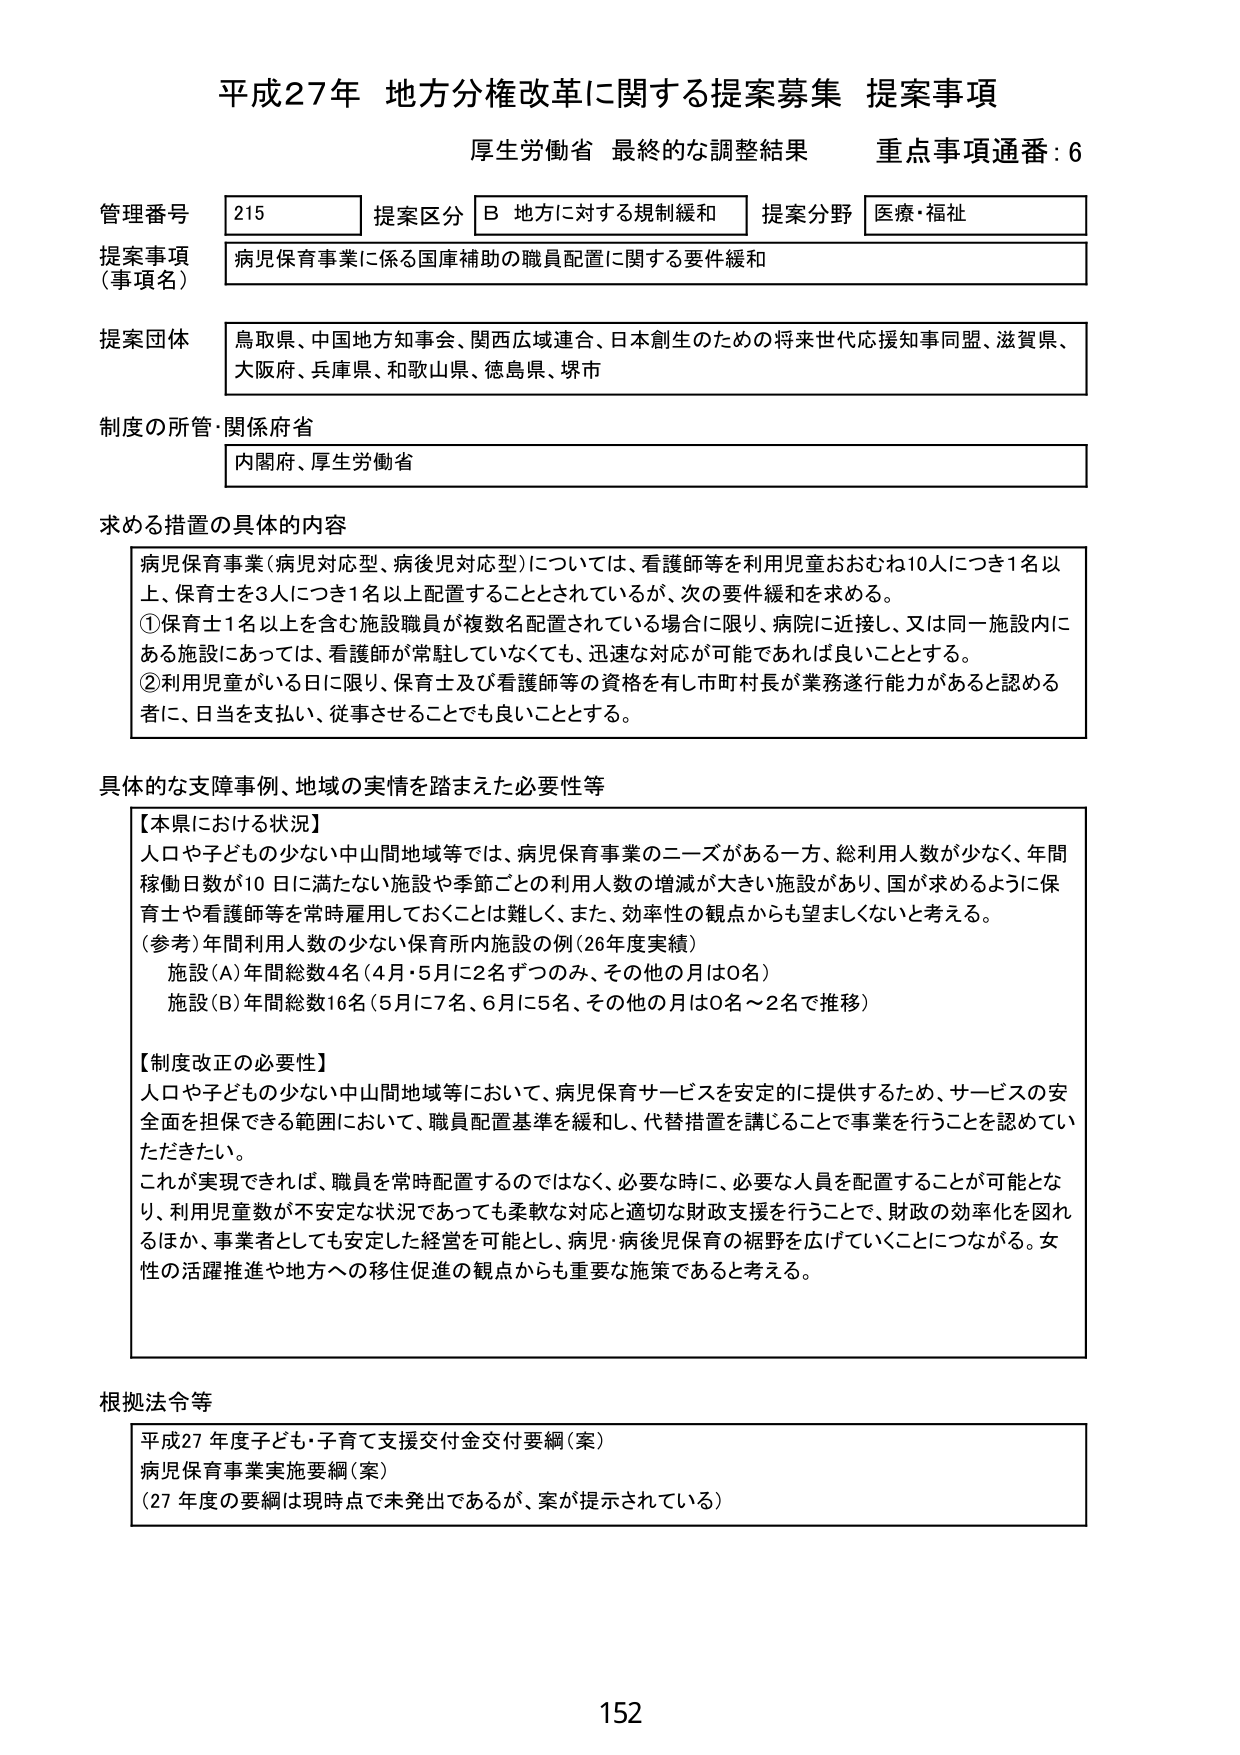
平成27年 地方分権改革に関する提案募集 提案事項
厚生労働省 最終的な調整結果 重点事項通番：6

管理番号 215 提案区分 B 地方に対する規制緩和 提案分野 医療・福祉
提案事項（事項名） 病児保育事業に係る国庫補助の職員配置に関する要件緩和
提案団体 鳥取県、中国地方知事会、関西広域連合、日本創生のための将来世代応援知事同盟、滋賀県、大阪府、兵庫県、和歌山県、徳島県、堺市
制度の所管・関係府省 内閣府、厚生労働省

求める措置の具体的な内容
病児保育事業（病児対応型、病後児対応型）については、看護師等を利用児童おおむね10人につき1名以上、保育士を3人につき1名以上配置することとされているが、次の要件緩和を求める。
①保育士1名以上を含む施設職員が複数名配置されている場合に限り、病院に近接し、又は同一施設内にある施設にあっては、看護師が常駐していなくても、迅速な対応が可能であれば良いこととする。
②利用児童がいる日に限り、保育士及び看護師等の資格を有し市町村長が業務遂行能力があると認める者に、日当を支払い、従事させることでも良いこととする。

具体的な支援事例、地域の実情を踏まえた必要性等
【本県における状況】
人口や子どもの少ない中山間地域等では、病児保育事業のニーズがある一方、総利用人数が少なく、年間稼働日数が10日に満たない施設や季節ごとの利用人数の増減が大きい施設があり、国が求めるように保育士や看護師等を常時雇用しておくことは難しく、また、効率性の観点からも望ましくないと考える。
（参考）年間利用人数の少ない保育所内施設の例（26年度実績）
施設（A）年間総数4名（4月・5月に2名ずつのみ、その他の月は0名）
施設（B）年間総数16名（5月に7名、6月に5名、その他の月は0名～2名で推移）

【制度改正の必要性】
人口や子どもの少ない中山間地域等において、病児保育サービスを安定的に提供するため、サービスの安全面を担保できる範囲において、職員配置基準を緩和し、代替措置を講じることで事業を行うことを認めていただきたい。
これが実現できれば、職員を常時配置するのではなく、必要な時に、必要な人員を配置することが可能となり、利用児童数が不安定な状況であっても柔軟な対応と適切な財政支援を行うことで、財政の効率化を図れるほか、事業者としても安定した経営を可能とし、病児・病後児保育の裾野を広げていくことにつながる。女性の活躍推進や地方への移住促進の観点からも重要な施策であると考える。

根拠法令等
平成27年度子ども・子育て支援交付金交付要綱（案）
病児保育事業実施要綱（案）
（27年度の要綱は現時点で未発出であるが、案が提示されている）

152